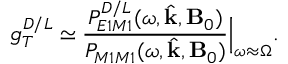
g _ { T } ^ { D / L } \simeq \frac { P _ { E 1 M 1 } ^ { D / L } ( \omega , \hat { \mathbf { k } } , \mathbf { B } _ { 0 } ) } { P _ { M 1 M 1 } ( \omega , \hat { \mathbf { k } } , \mathbf { B } _ { 0 } ) } \Bigr | _ { \omega \approx \Omega } .